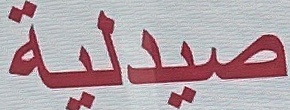
صيدلية